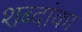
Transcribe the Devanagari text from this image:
शब्दांका